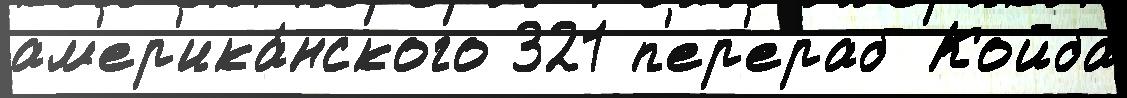
ам'ер'ика́нского 321 п'ер'ераб Койба